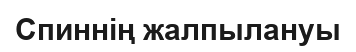
Спиннің жалпылануы